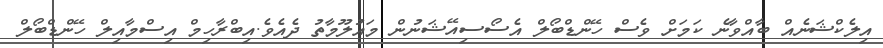
އިލެކްޝަނެއް ބާއްވާނެ ކަމަށް ވެސް ހޭންޑްބޯލް އެސޯސިއޭޝަނުން މައުލޫމާތު ދެއެވެ.އިބްރާހިމް އިސްމާއިލް ހޭންޑްބޯލް